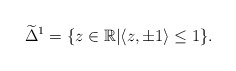
\begin{align*} \widetilde{\Delta}^1 =\{z\in\mathbb{R}|&\langle z,\pm1\rangle\leq1 \}.\end{align*}